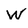
Character: w